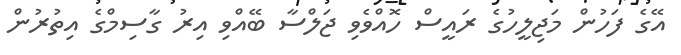
އޭގެ ފަހުން މަޖިލީހުގެ ރައީސް ހޮއްވެވި ޖަލްސާ ބޭއްވި އިރު ގާސިމްގެ އިތުރުން